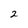
Character: 2